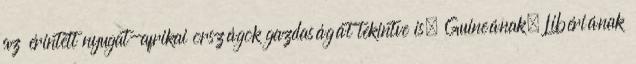
az érintett nyugat-afrikai országok gazdaságát tekintve is. Guineának, Libériának